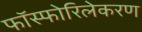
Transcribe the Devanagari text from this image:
फॉस्फोरिलेकरण